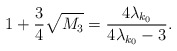
\begin{align*} 1 + \frac{3}{4} \sqrt{M_3} = \frac{4\lambda_{k_0}}{4\lambda_{k_0} - 3}.\end{align*}